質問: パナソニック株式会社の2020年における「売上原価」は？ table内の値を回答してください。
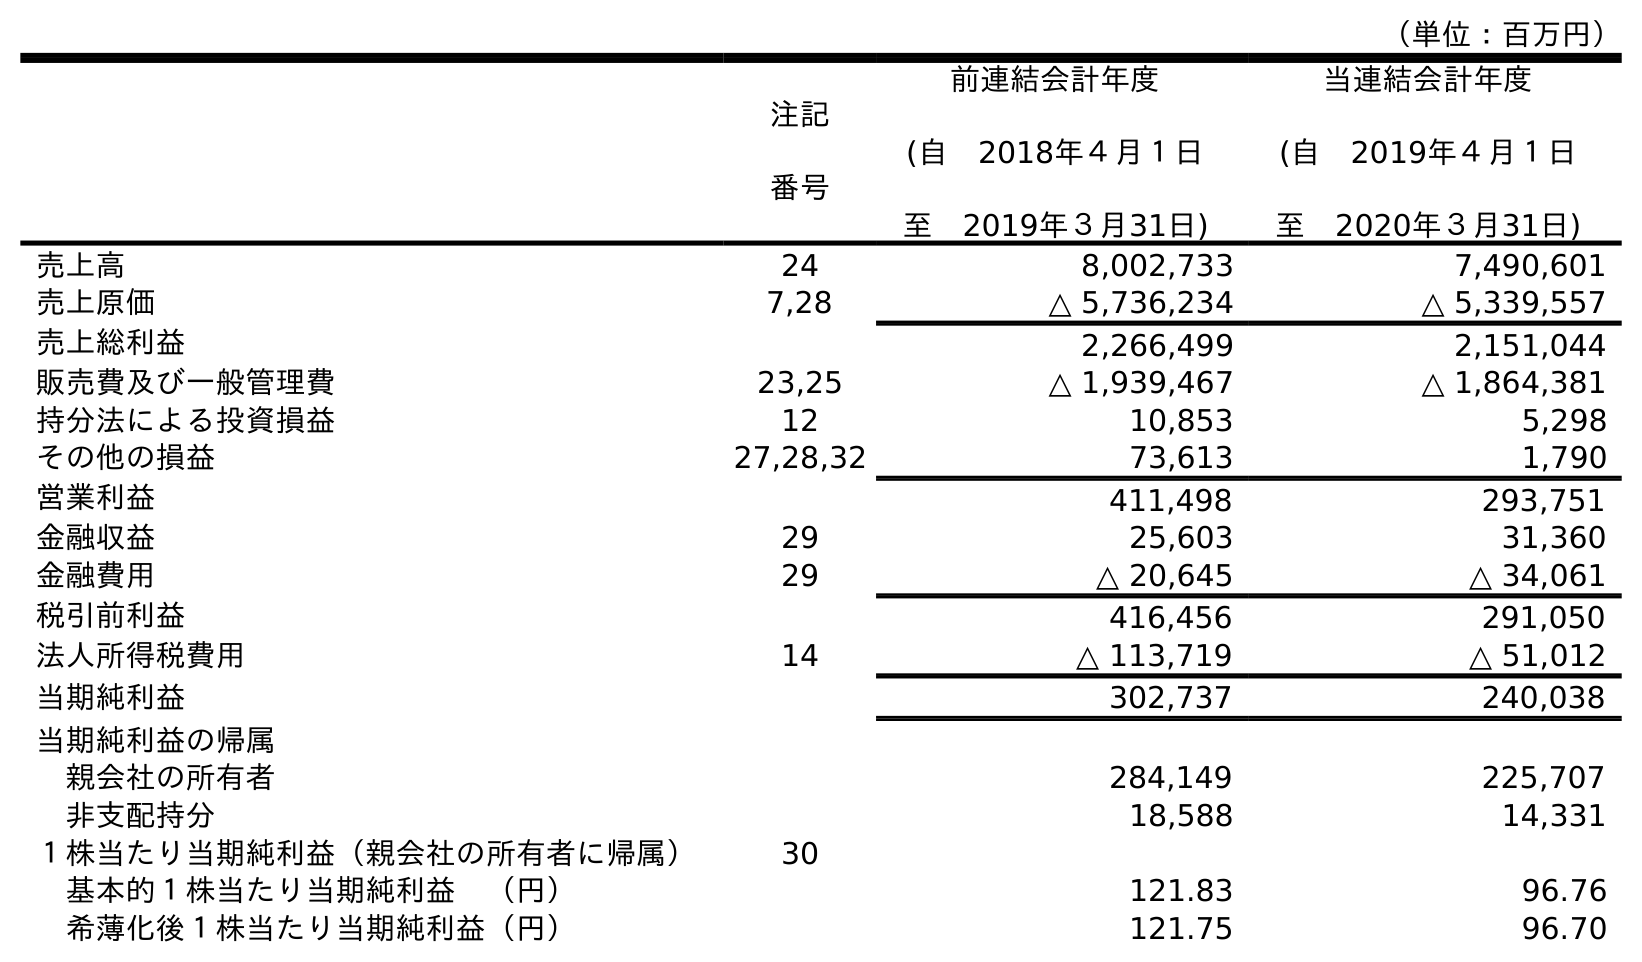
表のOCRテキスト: （単位：百万円） 注記 番号 前連結会計年度 (自 2018年４月１日 至 2019年３月31日) 当連結会計年度 (自 2019年４月１日 至 2020年３月31日) 売上高 24 8,002,733 7,490,601 売上原価 7,28 △ 5,736,234 △ 5,339,557 売上総利益 2,266,499 2,151,044 販売費及び一般管理費 23,25 △ 1,939,467 △ 1,864,381 持分法による投資損益 12 10,853 5,298 その他の損益 27,28,32 73,613 1,790 営業利益 411,498 293,751 金融収益 29 25,603 31,360 金融費用 29 △ 20,645 △ 34,061 税引前利益 416,456 291,050 法人所得税費用 14 △ 113,719 △ 51,012 当期純利益 302,737 240,038 当期純利益の帰属 親会社の所有者 284,149 225,707 非支配持分 18,588 14,331 １株当たり当期純利益（親会社の所有者に帰属） 30 基本的１株当たり当期純利益 （円） 121.83 96.76 希薄化後１株当たり当期純利益（円） 121.75 96.70
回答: △5,339,557